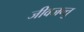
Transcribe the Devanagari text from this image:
जीवजन्तु